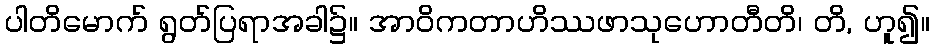
ပါတိမောက် ရွတ်ပြရာအခါ၌။ အာဝိကတာဟိဿဖာသုဟောတီတိ၊ တိ, ဟူ၍။